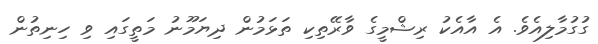
ގުގުމާލިއެވެ. އެ އާއެކު ރިޝްމީގެ ވާރޭތިކި ތަޅަމުން ދިޔަމޫނު މަތީގައި ވި ހިނިތުން